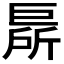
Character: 𢀦